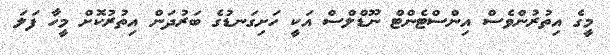
މީގެ އިތުރުންވެސް އިންސްޓެންޓް ނޫޑްލްސް އަކީ ހަށިގަނޑުގެ ބަރުދަން އިތުރުކޮށް މީހާ ފަލަ